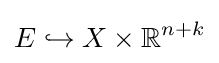
E\hookrightarrow X\times \mathbb {R} ^{n+k}